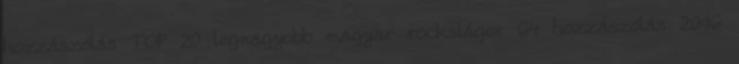
hozzászólás TOP 20 legnagyobb magyar rocksláger 64 hozzászólás 2016